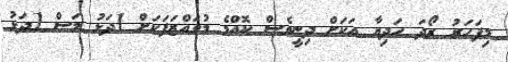
މިފަހަރު ރޯދަ ހަދިޔާ އަކަށް ދިނީވެސް ކޮއްމެ މުވައްޒަފަކަށް 1ދަޅު މަސް 1ދަޅު